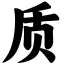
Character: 质